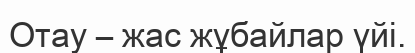
Отау – жас жұбайлар үйі.